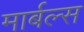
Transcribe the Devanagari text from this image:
मार्बल्स